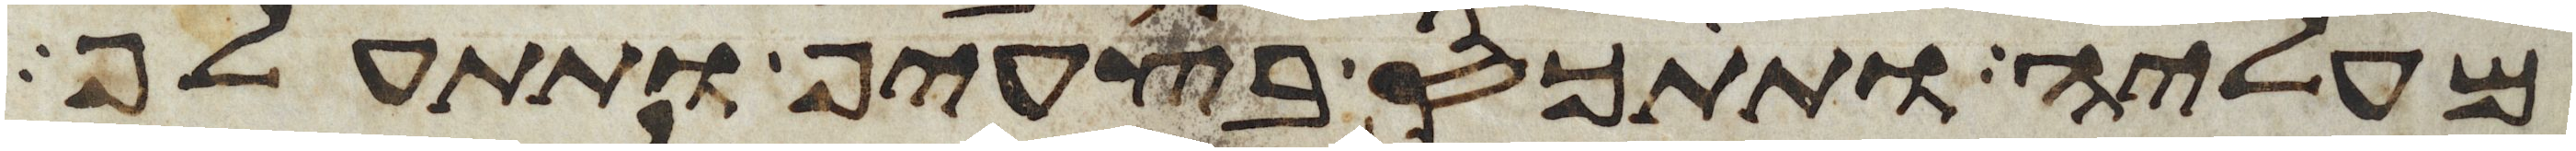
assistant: מעליה ותתכס בצעיף ותתעלף